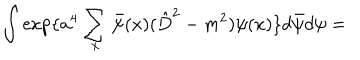
\int \exp \{ a ^ { 4 } \sum _ { x } \bar { \psi } ( x ) ( \hat { D } ^ { 2 } - m ^ { 2 } ) \psi ( x ) \} d \bar { \psi } d \psi =